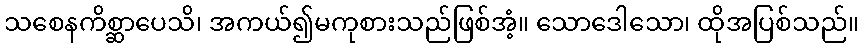
သစေနကိစ္ဆာပေသိ၊ အကယ်၍မကုစားသည်ဖြစ်အံ့။ သောဒေါသော၊ ထိုအပြစ်သည်။